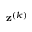
\mathbf { z } ^ { ( k ) }